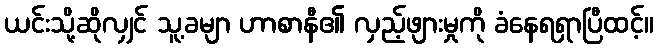
ယင်းသို့ဆိုလျှင် သူ့ခမျာ ဟာစာနီ၏ လှည့်ဖျားမှုကို ခံနေရရှာပြီထင့်။